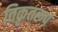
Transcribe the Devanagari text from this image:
विकृतरूप